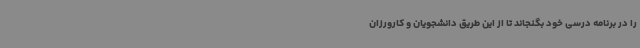
را در برنامه درسی خود بگنجاند تا از این طریق دانشجویان و کارورزان